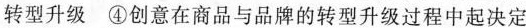
转型升级④创意在商品与品牌的转型升级过程中起决定